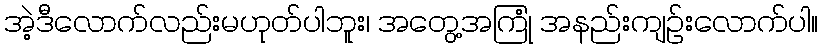
အဲ့ဒီလောက်လည်းမဟုတ်ပါဘူး၊ အတွေ့အကြုံ အနည်းကျဉ်းလောက်ပါ။